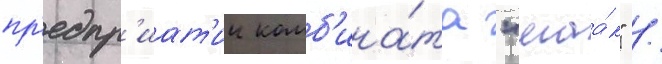
пр'едпр'иат'ии комб'ина́та "маа́к" /